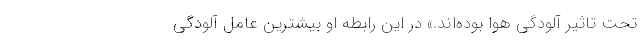
تحت تاثیر آلودگی هوا بوده‌اند.» در این رابطه او بیشترین عامل آلودگی